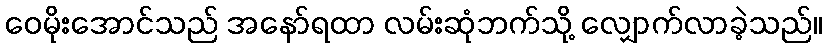
ဝေမိုးအောင်သည် အနော်ရထာ လမ်းဆုံဘက်သို့ လျှောက်လာခဲ့သည်။